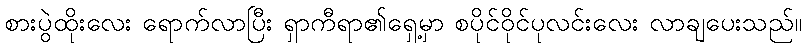
စားပွဲထိုးလေး ရောက်လာပြီး ရှာကီရာ၏ရှေ့မှာ စပိုင်ဝိုင်ပုလင်းလေး လာချပေးသည်။